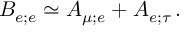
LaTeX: B _ { e ; e } \simeq A _ { \mu ; e } + A _ { e ; \tau } \, .